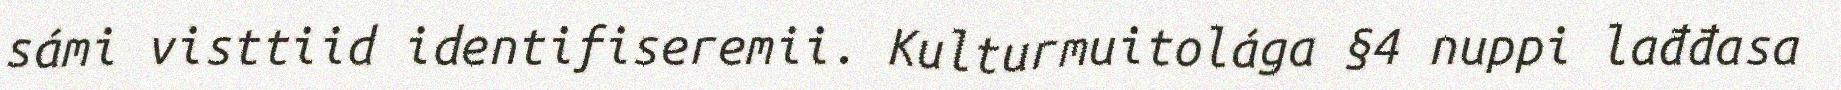
sámi visttiid identifiseremii. Kulturmuitolága §4 nuppi lađđasa